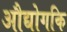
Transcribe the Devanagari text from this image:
औद्योगकि